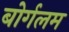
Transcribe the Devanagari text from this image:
बोर्गलम